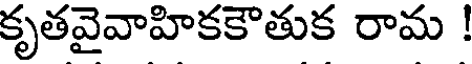
కృతవైవాహికకౌతుక రామ !